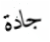
جادة